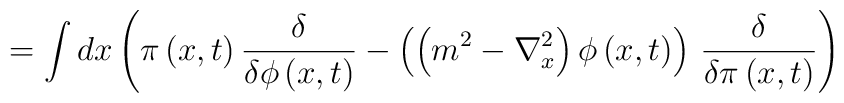
=\int dx\left(  \pi\left(  x,t\right)  \frac{\delta}{\delta\phi\left(x,t\right)  }-\left(  \left(  m^{2}-\nabla_{x}^{2}\right)  \phi\left(x,t\right)  \right)  \,\frac{\delta}{\delta\pi\left(  x,t\right)  }\right)